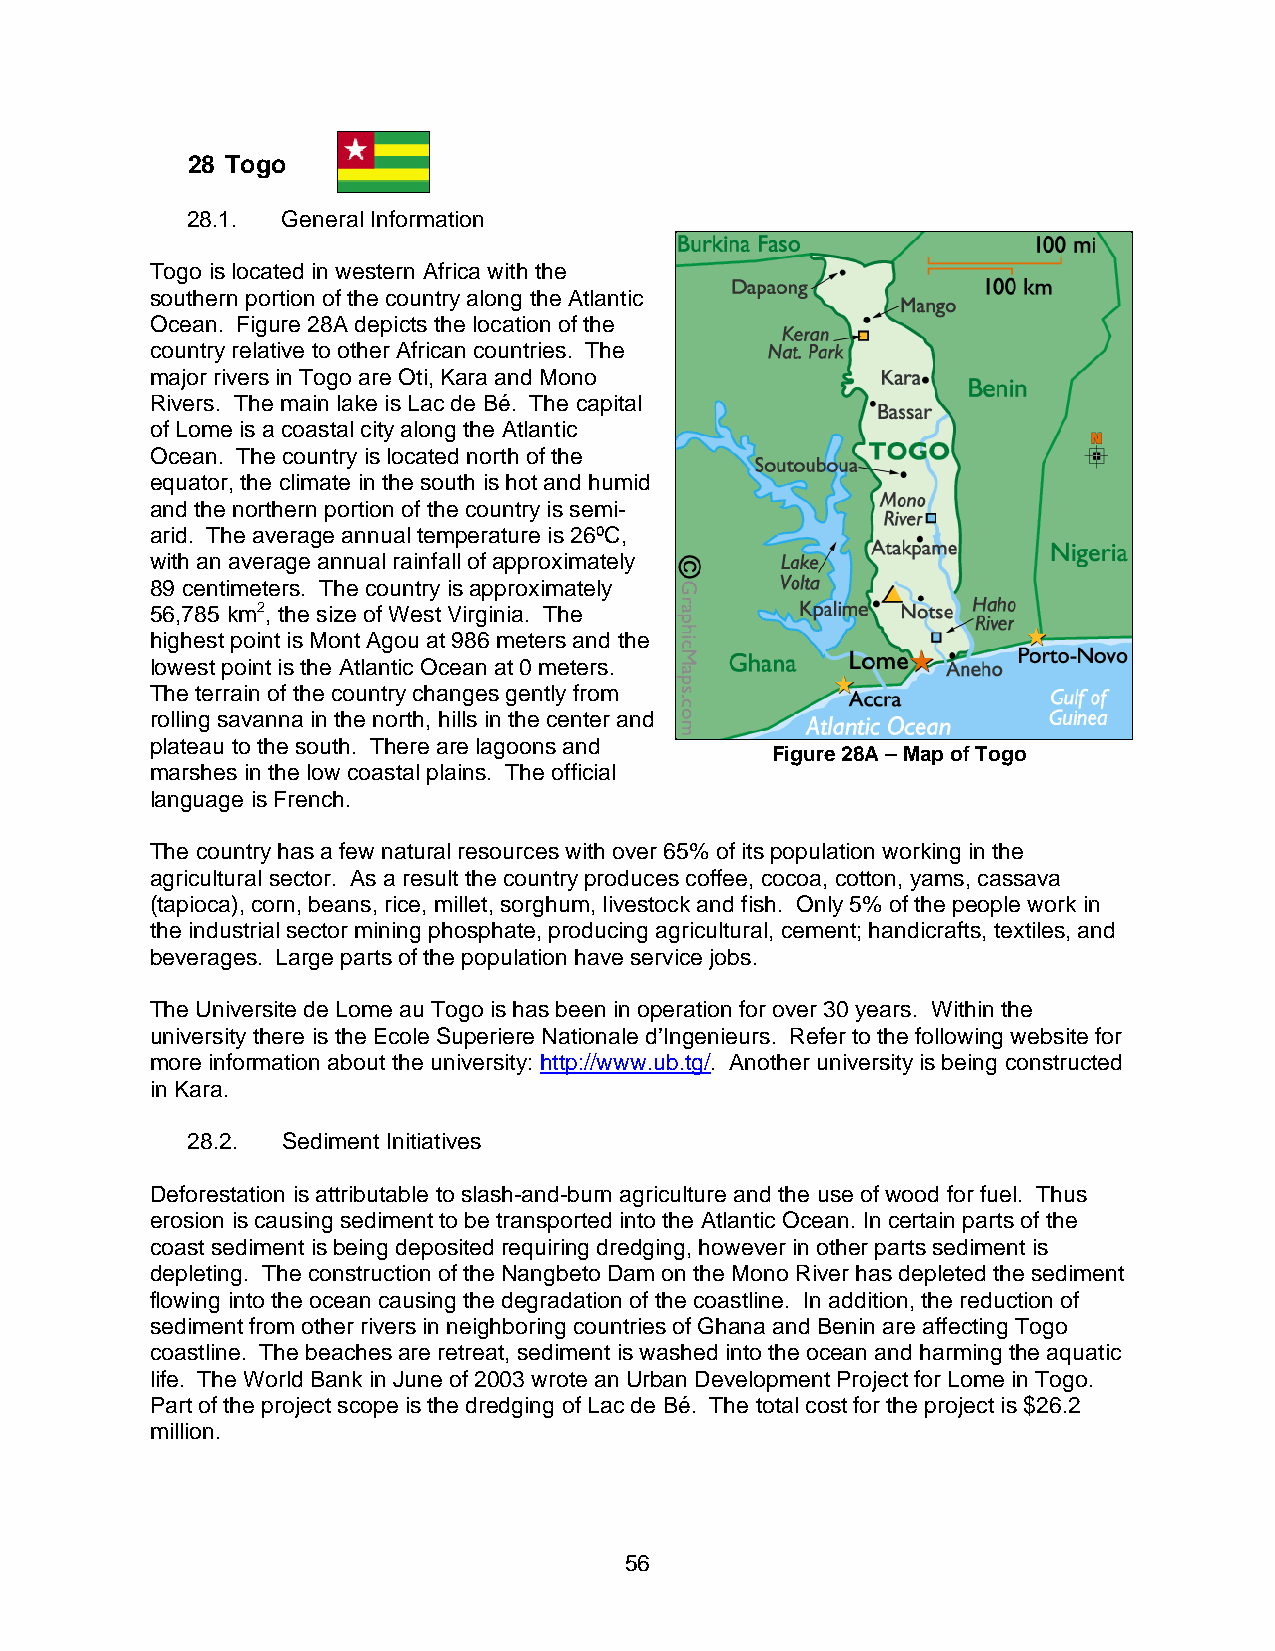
28 Togo
 28.1.  General Information
 Togo is located in western Africa with the
 southern portion of the country along the Atlantic
 Ocean. Figure 28A depicts the location of the
 country relative to other African countries. The
 major rivers in Togo are Oti, Kara and Mono
 Rivers. The main lake is Lac de Bé. The capital
 of Lome is a coastal city along the Atlantic
 Ocean. The country is located north of the
 equator, the climate in the south is hot and humid
 and the northern portion of the country is semi-
 arid. The average annual temperature is 26ºC,
 with an average annual rainfall of approximately
 89 centimeters. The country is approximately
 56,785 km2, the size of West Virginia. The
 highest point is Mont Agou at 986 meters and the
 lowest point is the Atlantic Ocean at 0 meters.
 The terrain of the country changes gently from
 rolling savanna in the north, hills in the center and
 plateau to the south. There are lagoons and
 Figure 28A – Map of Togo
 marshes in the low coastal plains. The official
 language is French.
 The country has a few natural resources with over 65% of its population working in the
 agricultural sector. As a result the country produces coffee, cocoa, cotton, yams, cassava
 (tapioca), corn, beans, rice, millet, sorghum, livestock and fish. Only 5% of the people work in
 the industrial sector mining phosphate, producing agricultural, cement; handicrafts, textiles, and
 beverages. Large parts of the population have service jobs.
 The Universite de Lome au Togo is has been in operation for over 30 years. Within the
 university there is the Ecole Superiere Nationale d’Ingenieurs. Refer to the following website for
 more information about the university: http://www.ub.tg/. Another university is being constructed
 in Kara.
 28.2.  Sediment Initiatives
 Deforestation is attributable to slash-and-burn agriculture and the use of wood for fuel. Thus
 erosion is causing sediment to be transported into the Atlantic Ocean. In certain parts of the
 coast sediment is being deposited requiring dredging, however in other parts sediment is
 depleting. The construction of the Nangbeto Dam on the Mono River has depleted the sediment
 flowing into the ocean causing the degradation of the coastline. In addition, the reduction of
 sediment from other rivers in neighboring countries of Ghana and Benin are affecting Togo
 coastline. The beaches are retreat, sediment is washed into the ocean and harming the aquatic
 life. The World Bank in June of 2003 wrote an Urban Development Project for Lome in Togo.
 Part of the project scope is the dredging of Lac de Bé. The total cost for the project is $26.2
 million.
 56